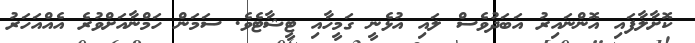
ކޮށާލާފައި އޮންނައިރު އަބަދުވެސް ލައި އުޅެނީ ގަމީހާއި ޓީޝާޓެވެ. ސަމަން ހަމްނާއަށްވުރެ އެއްއަހަރު